Calcutta medical institutions reports 1879-81 [i.e.91]
Year: 1879
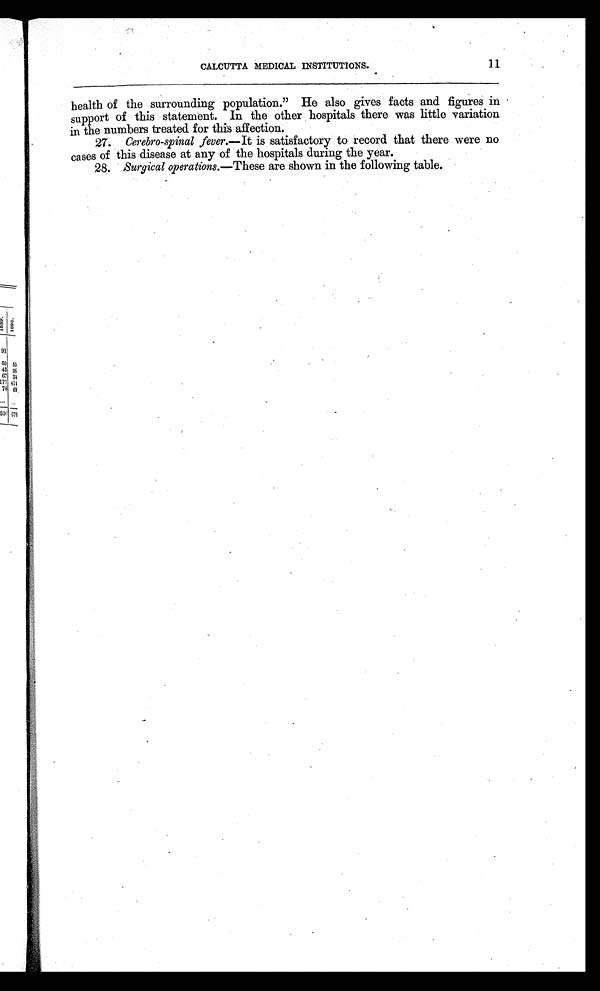
CALCUTTA MEDICAL INSTITUTIONS.
11
health of the surrounding population." He also gives facts and figures in
support of this statement. In the other hospitals there was little variation
in the numbers treated for this affection.
27. Cerebro-spinal fever. —It is satisfactory to record that there were no
cases of this disease at any of the hospitals during the year.
28. Surgical operations. —These are shown in the following table.